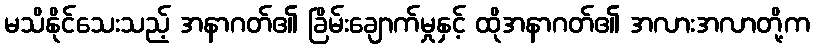
မသိနိုင်သေးသည့် အနာဂတ်၏ ခြိမ်းချောက်မှုနှင့် ထိုအနာဂတ်၏ အလားအလာတို့က